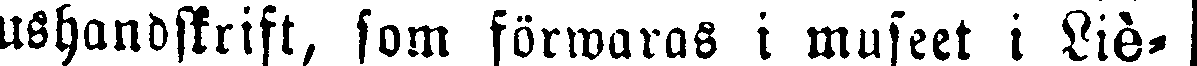
ushandskrift, som förwaras i museet i Liè-